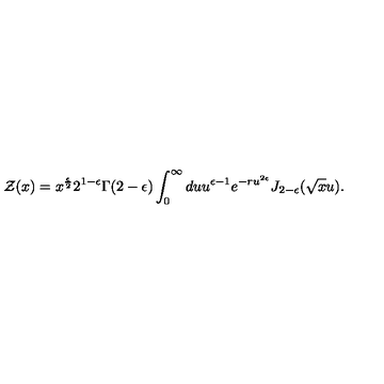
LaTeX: { \cal Z } ( x ) = x ^ { \frac { \epsilon } { 2 } } 2 ^ { 1 - \epsilon } \Gamma ( 2 - \epsilon ) \int _ { 0 } ^ { \infty } d u u ^ { \epsilon - 1 } e ^ { - r u ^ { 2 \epsilon } } J _ { 2 - \epsilon } ( { \sqrt x } u ) .